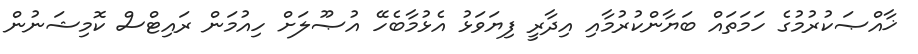
ޚާއްޞަކުރުމުގެ ހަމަތައް ބަޔާންކުރުމާއި އިދާރީ ފިޔަވަޅު އެޅުމާބެހޭ އުޞޫލަށް ހިއުމަން ރައިޓްސް ކޮމިޝަނުން